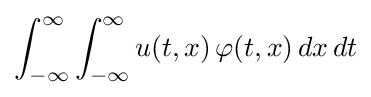
\int _{-\infty }^{\infty }\int _{-\infty }^{\infty }u(t,x)\,\varphi (t,x)\,dx\,dt